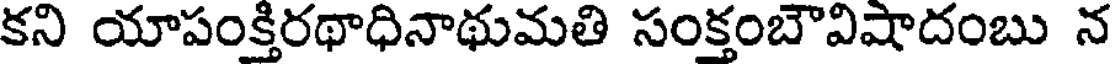
కని యాపంక్తిరథాధినాథుమతి సంక్తంబౌవిషాదంబు న